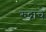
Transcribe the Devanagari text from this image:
रुद्राचे